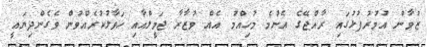
ޒުވާން އުމުރުފުޅުގައި ރާއްޖޭގެ އެންމެ މުހިއްމު އެއް ވުޒާރާ ޖަމީލްއާއި ހަވާލުކުރެއްވުން ވެގެންދިޔައީ